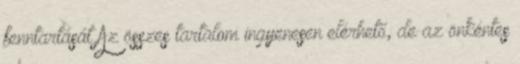
fenntartását Az összes tartalom ingyenesen elérhető, de az önkéntes